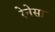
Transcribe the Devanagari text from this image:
रेनेसा